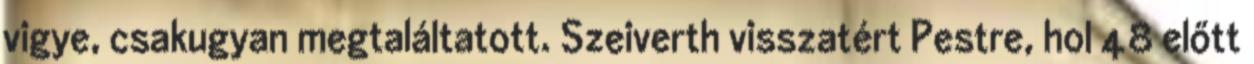
vigye, csakugyan megtaláltatott. Szeiverth visszatért Pestre, hol 48 előtt